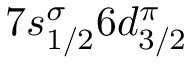
7 s _ { 1 / 2 } ^ { \sigma } 6 d _ { 3 / 2 } ^ { \pi }